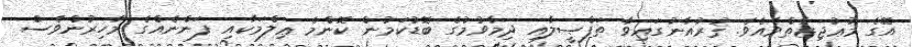
އޭގެ މުޢުޖިޒާތްވެއެވެ. ޤުރުއާނުގައިވާ ތަފްޞީލާއި ދިމާވުމުގެ ބޮޑުކަމުން ކޮންމެ ޢިލްމަކާއި ފަންނެއްގެ މާހިރުންވެސް